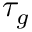
\tau _ { g }